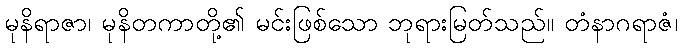
မုနိရာဇာ၊ မုနိတကာတို့၏ မင်းဖြစ်သော ဘုရားမြတ်သည်။ တံနာဂရာဇံ၊